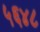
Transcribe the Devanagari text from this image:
५६४८